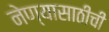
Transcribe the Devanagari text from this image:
नेण्यासाठीची